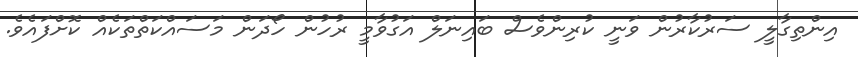
އިންތިގާލީ ސަރުކާރުން ވަނީ ކުރިންވެސް ބައިނަލް އަގުވާމީ ރުހުން ހޯދަން މަސައްކަތްތަކެއް ކޮށްފައެވެ.